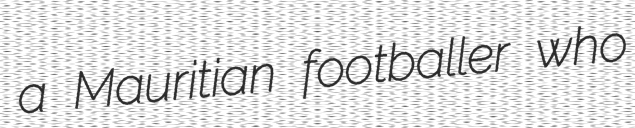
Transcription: a Mauritian footballer who